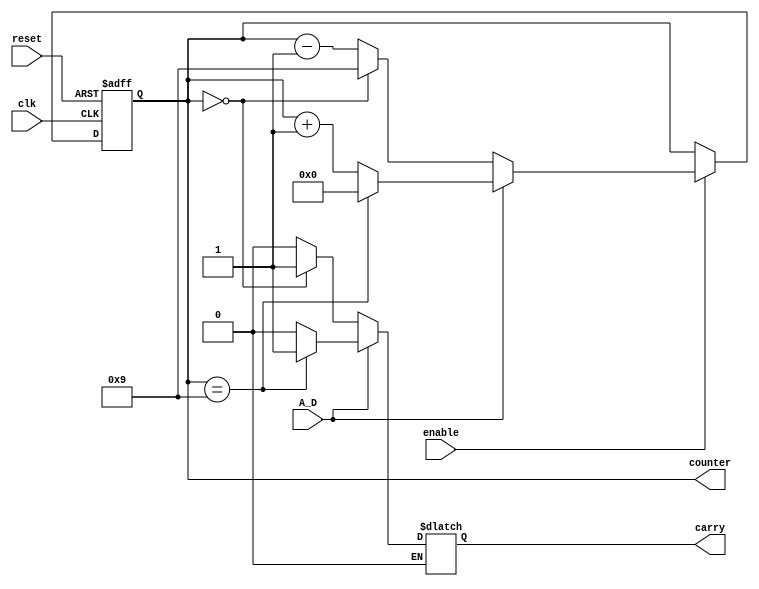
/**************************************************************************************
*	Description
*		This is a 0-9 counter
*		1.0
*	Author:
*		Ing. Flix Godoy Martnez
*	Date:
*		08/07/20
***************************************************************************************/

module Counter_Posedge
#(
	// Parameter Declarations
	parameter MAXIMUM_VALUE = 4'h9,
	parameter NBITS = CeilLog2(MAXIMUM_VALUE)
)

(
	// Input Ports
	input clk,
	input reset,
	input enable,
	input A_D,
	
	// Output Ports
	
	output carry,
	output[NBITS - 1:0] counter
	
);

reg MaxValue_Bit = 0;

reg [NBITS-1 : 0] counter_reg;

reg t_reg = 0;

/*********************************************************************************************/

always@(posedge clk or negedge reset) begin
	if (reset == 1'b0)
		counter_reg <= {NBITS{1'b0}};
	else begin
			if(enable == 1'b1) begin				
			
					if(A_D == 1'b1)begin
						if(counter_reg == MAXIMUM_VALUE)
							
							counter_reg <= 0;
						else
							counter_reg <= counter_reg + 1'b1;
					end
					
					else begin
							if (counter_reg == 0)
								counter_reg <= MAXIMUM_VALUE;
							else
								counter_reg <= counter_reg - 1'b1;
					end			
					
			end
	end
	
end

	

always@(counter_reg)begin
 
	if(A_D == 1'b1)begin
		if(counter_reg == MAXIMUM_VALUE)
			MaxValue_Bit = 1;
		else
			MaxValue_Bit = 0;
	end
	if(A_D == 1'b0)begin		
		if(counter_reg == 0)
			MaxValue_Bit = 1;
		else
			MaxValue_Bit = 0;
	end
	
end
		
/*********************************************************************************************/
assign carry = MaxValue_Bit;
assign counter = counter_reg;
/*********************************************************************************************/
/*********************************************************************************************/
   
 /*Log Function*/
     function integer CeilLog2;
       input integer data;
       integer i,result;
       begin
          for(i=0; 2**i < data; i=i+1)
             result = i + 1;
          CeilLog2 = result;
       end
    endfunction

/*********************************************************************************************/
endmodule